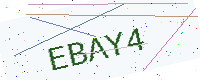
Text: EBAY4